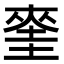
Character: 𭑝